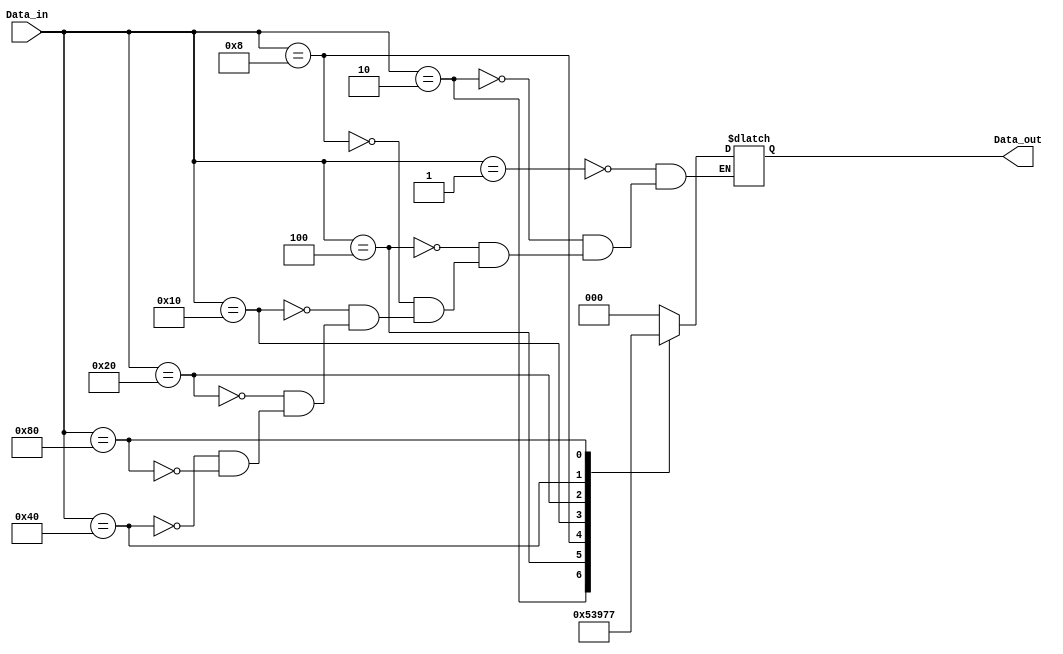
`timescale 1ns / 1ps

/*
          8 to 3 Encoder
            Truth Table
    in [7:0]         out [2:0]
    ==========================
    0 0 0 0 0 0 0 1      0 0 0
    0 0 0 0 0 0 1 0      0 0 1
    0 0 0 0 0 1 0 0      0 1 0
    0 0 0 0 1 0 0 0      0 1 1
    0 0 0 1 0 0 0 0      1 0 0
    0 0 1 0 0 0 0 0      1 0 1
    0 1 0 0 0 0 0 0      1 1 0
    1 0 0 0 0 0 0 0      1 1 1
*/

module Encoder(
  input [7:0] Data_in,      // 8-bit decoded input
  output reg [2:0] Data_out // 3-bit encoded output
);  
  // Whenever `Data_in` changes...
  always @(Data_in) begin
    case (Data_in)
      8'b00000001: Data_out <= 3'b000;
      8'b00000010: Data_out <= 3'b001;
      8'b00000100: Data_out <= 3'b010;
      8'b00001000: Data_out <= 3'b011;
      8'b00010000: Data_out <= 3'b100;
      8'b00100000: Data_out <= 3'b101;
      8'b01000000: Data_out <= 3'b110;
      8'b10000000: Data_out <= 3'b111;
      default: begin end
    endcase
  end
endmodule